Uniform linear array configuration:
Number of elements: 64
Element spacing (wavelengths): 0.75
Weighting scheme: cosine
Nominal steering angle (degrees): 15
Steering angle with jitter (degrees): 15.259
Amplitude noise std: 0.05
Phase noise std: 0.05

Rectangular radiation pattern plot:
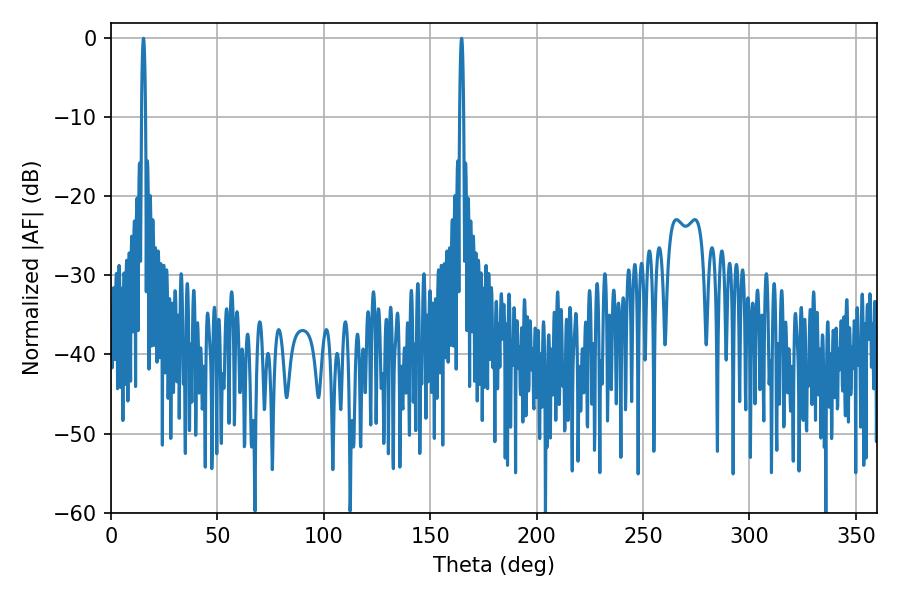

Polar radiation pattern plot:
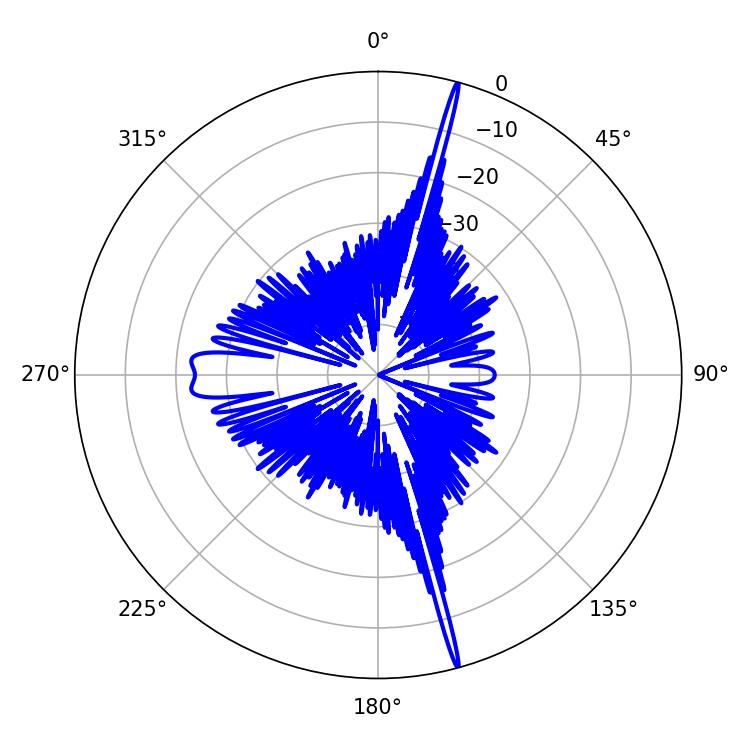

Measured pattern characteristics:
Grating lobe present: TRUE
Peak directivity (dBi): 23.123
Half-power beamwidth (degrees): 0.9
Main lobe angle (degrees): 164.7